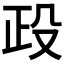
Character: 𣪅